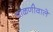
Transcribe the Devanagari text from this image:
चाळणीवाले